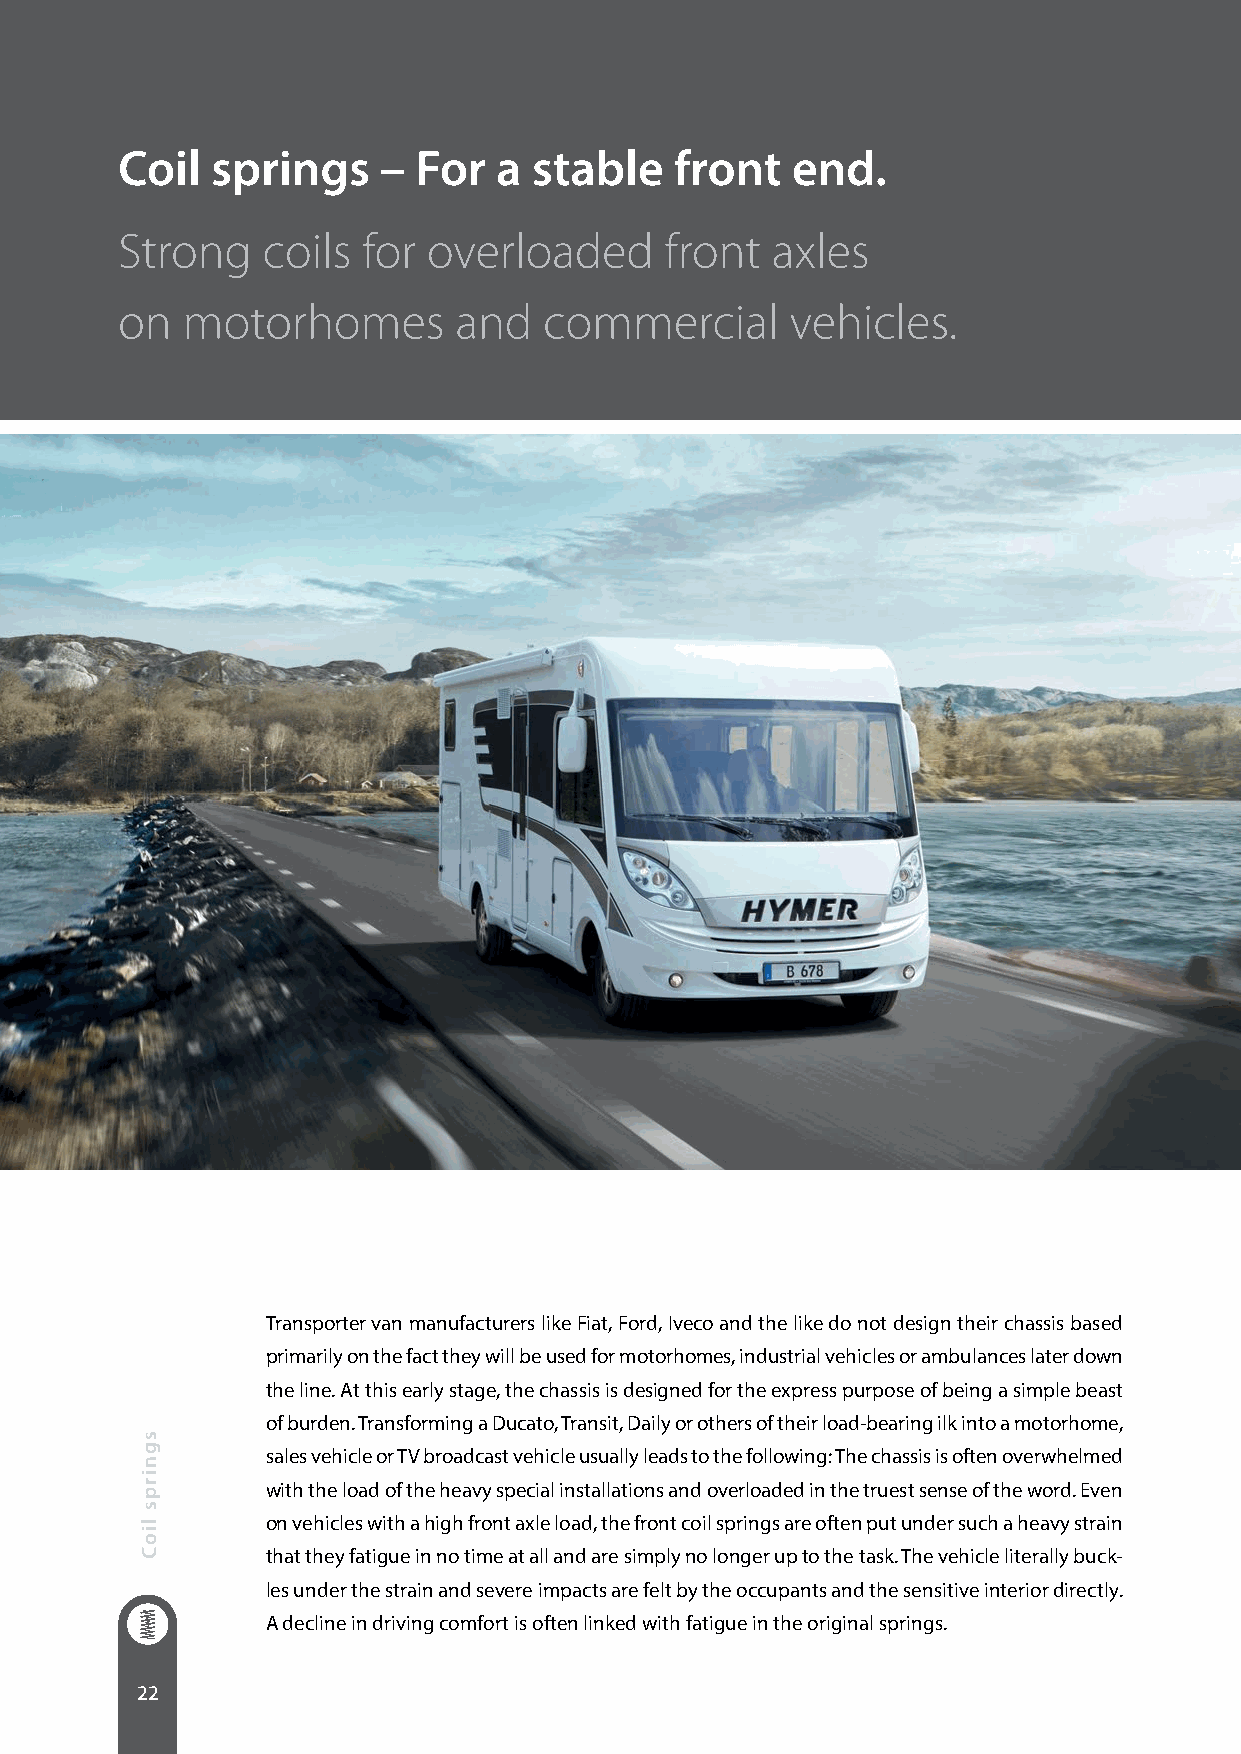
Coil  springs    –  For  a stable    front  end.
 Strong   coils  for overloaded      front  axles
 on  motorhomes        and   commercial      vehicles.
 Transporter van manufacturers like Fiat, Ford, Iveco and the like do not design their chassis based
 primarily on the fact they will be used for motorhomes, industrial vehicles or ambulances later down
 the line. At this early stage, the chassis is designed for the express purpose of being a simple beast
 of burden. Transforming a Ducato, Transit, Daily or others of their load-bearing ilk into a motorhome,
 sales vehicle or TV broadcast vehicle usually leads to the following: The chassis is often overwhelmed
 with the load of the heavy special installations and overloaded in the truest sense of the word. Even
 on vehicles with a high front axle load, the front coil springs are often put under such a heavy strain
 that they fatigue in no time at all and are simply no longer up to the task. The vehicle literally buck-
 les under the strain and severe impacts are felt by the occupants and the sensitive interior directly.
 A decline in driving comfort is often linked with fatigue in the original springs.
 22
 sgnirps
 lioC